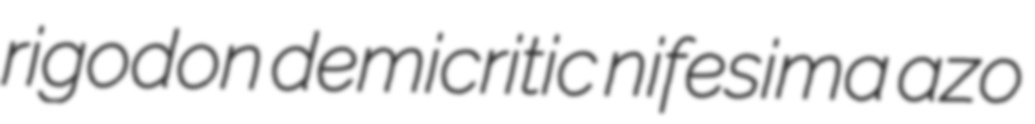
rigodon demicritic nifesima azo